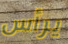
يرأس